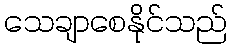
သေချာစေနိုင်သည်